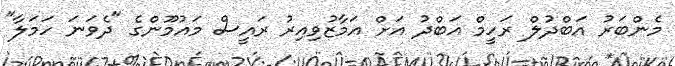
މެންބަރު އަބްދުލް ރަހީމް އަބްދު އަށް އަމާޒުވިއިރު ރައީސް މައުމޫންގެ "ދެވަނަ ހަމަލާ"